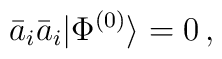
\bar{a}_i\bar{a}_i|\Phi^{(0)}\rangle=0\,,